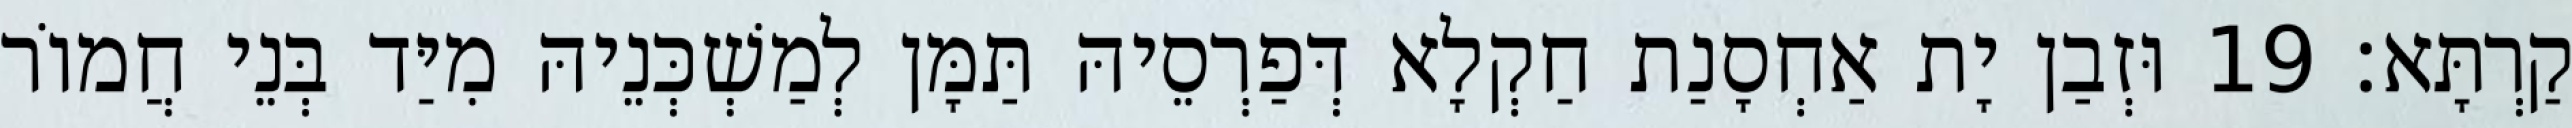
קַרְתָּא׃ 19 וּזְבַן יָת אַחְסָנַת חַקְלָא דְּפַרְסֵיהּ תַּמָּן לְמַשְׁכְּנֵיהּ מִיַּד בְּנֵי חֲמוֹר